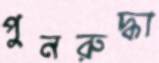
পুনরুদ্ধা